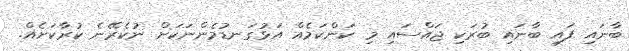
ބާނައި ފައި ބާނައި ބުރަކި ޖައްސައި މި ކަންކަމެއް އަޅުގަނޑުމެންނަކަށް ނުކެރޭނެ ކުރާކަށެއް.